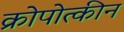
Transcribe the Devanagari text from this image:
क्रोपोत्कीन